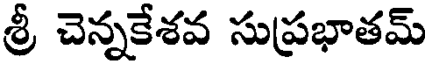
శ్రీ చెన్నకేశవ సుప్రభాతమ్